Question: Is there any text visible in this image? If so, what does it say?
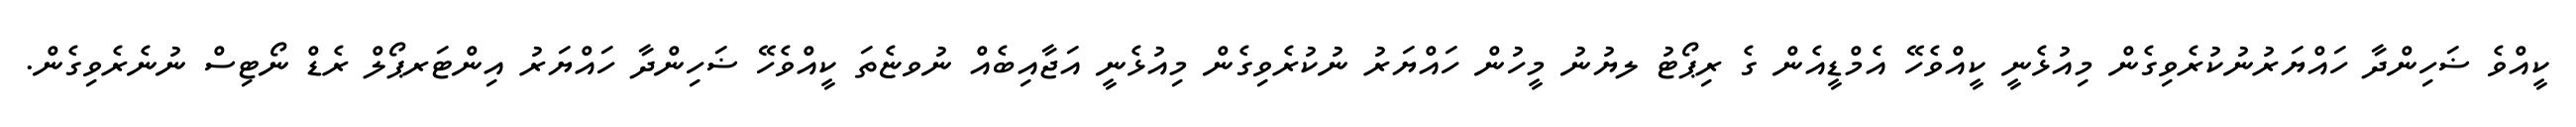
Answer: ކީއްވެ ޟަހިންދާ ހައްޔަރުނުކުރެވިގެން މިއުޅެނީ ކީއްވެހޭ އެމްޑީއެން ގެ ރިޕޯޓު ލޔުނު މީހުން ހައްޔަރު ނުކުރެވިގެން މިއުޅެނީ އަޖާއިބެއް ނުވޏެތަ ކީއްވެހޭ ޟަހިންދާ ހައްޔަރު އިންޓަރޕޯލް ރެޑް ނޯޓިސް ނުނެރެވިގެން.